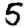
Digit: 5